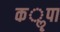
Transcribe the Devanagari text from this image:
कॣपा